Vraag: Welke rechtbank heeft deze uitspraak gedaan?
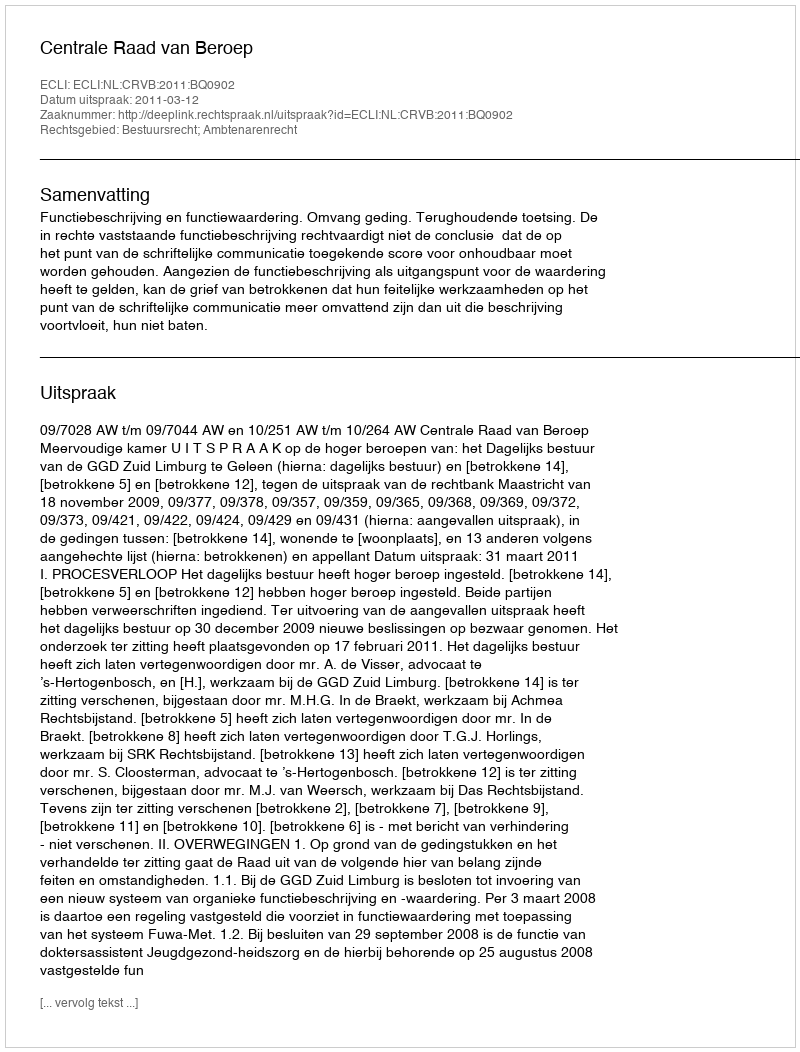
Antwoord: Centrale Raad van Beroep